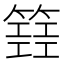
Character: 𥴐